Annual report on the working of the mental hospitals in the Madras Presidency - 1912-1932
Year: 1912
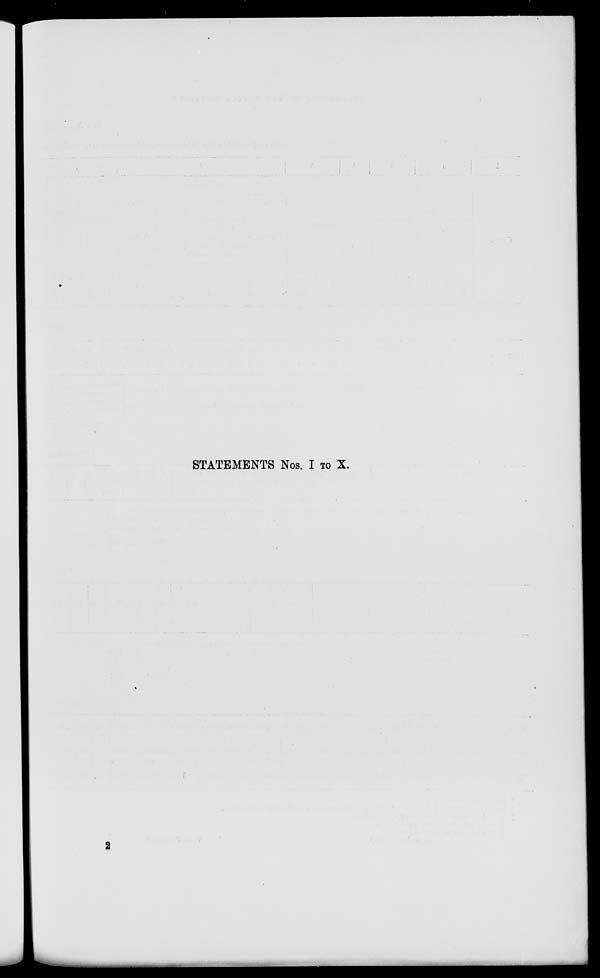
STATEMENTS Nos. I TO X.
2